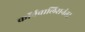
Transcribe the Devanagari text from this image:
कॉर्नवालिसनंतर